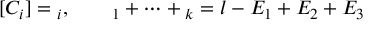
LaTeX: [ C _ { i } ] = \O _ { i } , \qquad \O _ { 1 } + \dots + \O _ { k } = l - E _ { 1 } + E _ { 2 } + E _ { 3 }